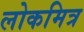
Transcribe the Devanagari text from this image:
लोकमित्र